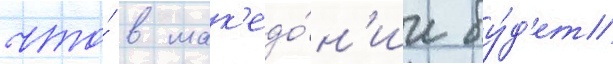
что́ в мак'едо́н'ии бу́д'ет